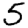
Digit: 5